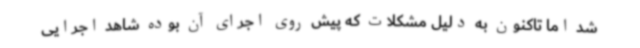
شد اما تاکنون به دلیل مشکلات که پیش روی اجرای آن بوده شاهد اجرایی